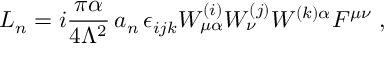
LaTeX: { \cal L } _ { n } = i \frac { \pi \alpha } { 4 \Lambda ^ { 2 } } \, a _ { n } \, \epsilon _ { i j k } W _ { \mu \alpha } ^ { ( i ) } W _ { \nu } ^ { ( j ) } W ^ { ( k ) \alpha } F ^ { \mu \nu } \; ,